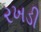
રખડી